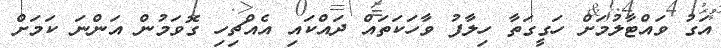
އަގު ވައްޓާލުމަށް ހަގީގަތާ ހިލާފު ވާހަކަތައް ދައްކައި އެއްޗިހި ގޮވަމުން އަންނަ ކަމަށް